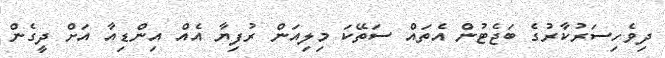
ދިވެހިސަރުކާރުގެ ބަޖެޓުން އެތައް ސަތޭކަ މިލިއަން ރުފިޔާ އެއް އިންޑިއާ އަށް ދީގެން